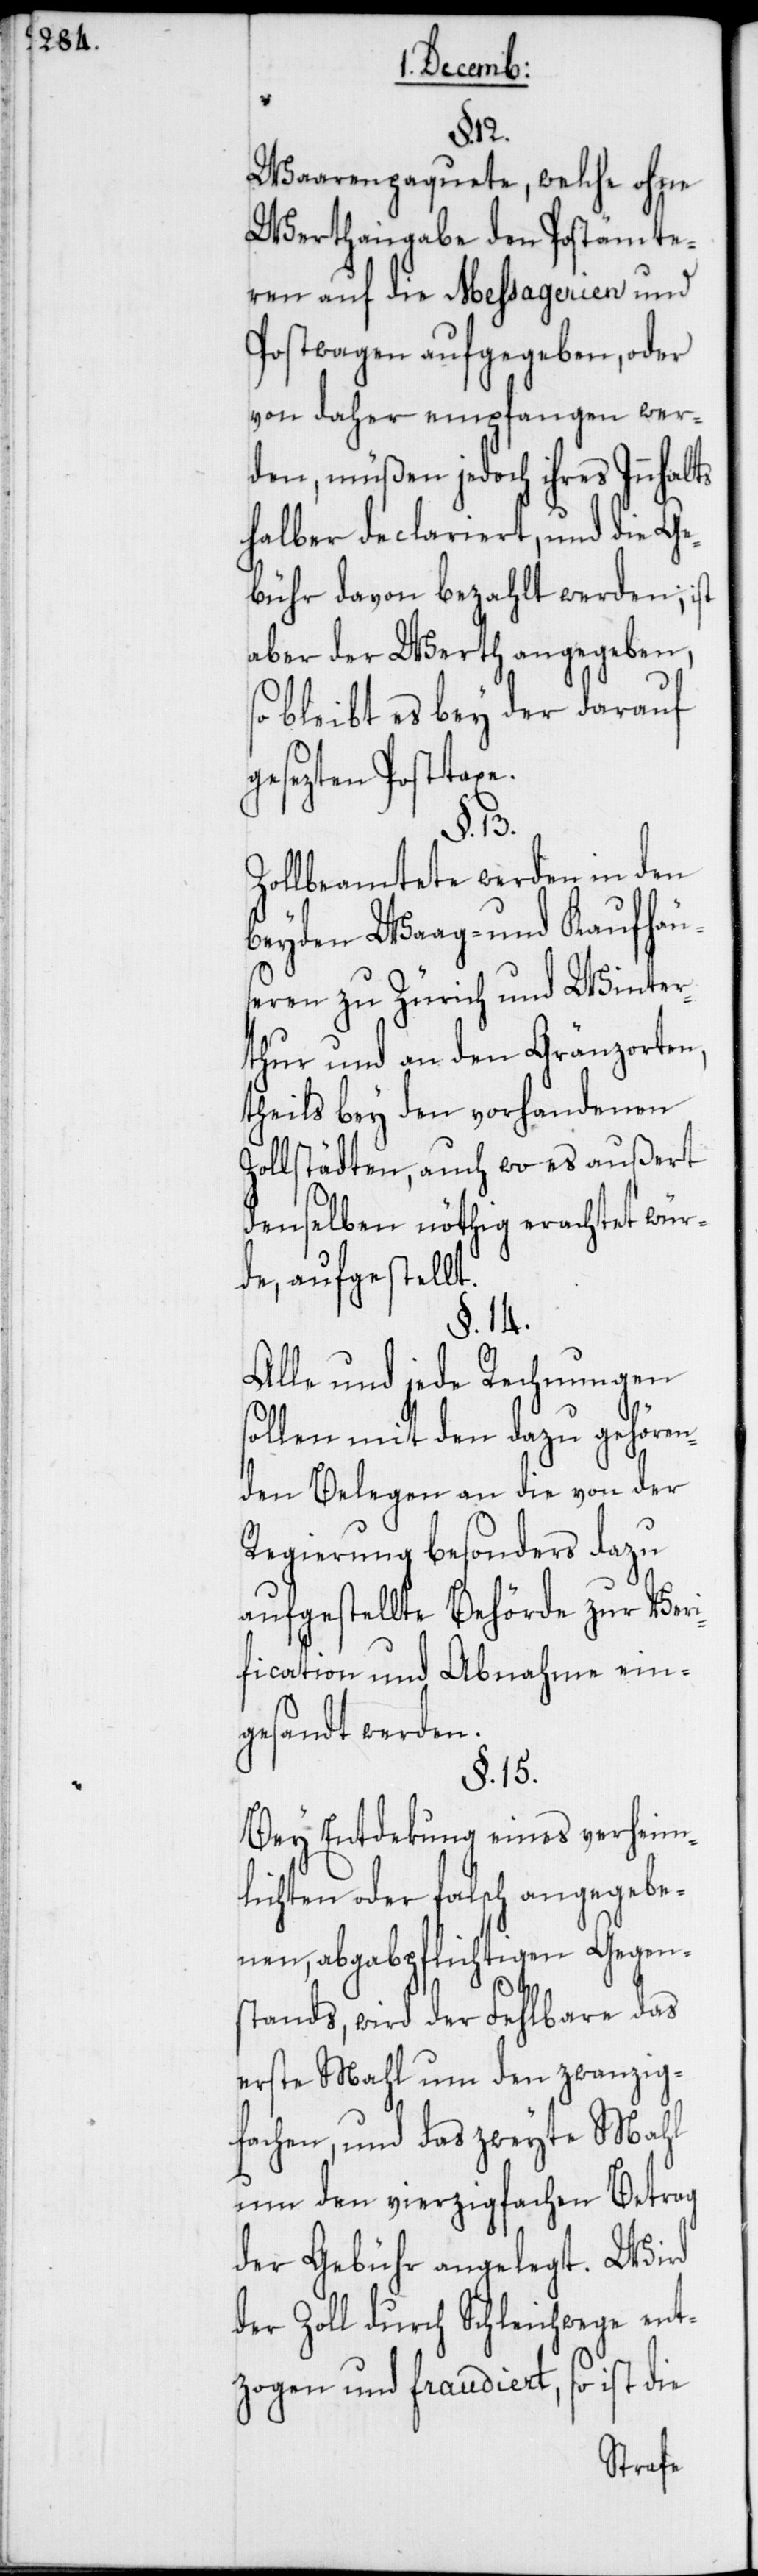
Waarenpaquete, welche ohne
Werthangabe den Postämte¬
ren auf die Messagerien und
Postwagen aufgegeben, oder
von daher empfangen wer¬
den, müßen jedoch ihres Innha¬
halber declariert, und die Ge¬
bühr davon bezahlt werden; ist
aber der Werth angegeben,
so bleibt es bey der darauf
gesezten Posttaxe.
§. 13.
Zollbeamtete werden in den
beyden Waag- und Kaufhäu¬
seren zu Zürich und Winter¬
thur und an den Gränzorten,
theils bey den vorhandenen
Zollstädten, auch wo es außert
denselben nöthig erachtet wür¬
de, aufgestellt.
§. 14.
Alle und jede Rechnungen
sollen mit den dazu gehören¬
den Belegen an die von der
Regierung besonders dazu
aufgestellte Behörde zur Ver¬
ification und Abnahme ein¬
gesandt werden.
§. 15.
Bey Entdekung eines verheim¬
lichten oder falsch angegebe¬
nen, abgabpflichtigen Gegen¬
lts
stands, wird der Fehlbare das
erste Mahl um den zwanzig¬
fachen, und das zweyte Mahl
um den vierzigfachen Betrag
der Gebühr angelegt. Wird
der Zoll durch Schleichwege ent¬
zogen und fraudiert, so ist die